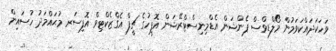
ވަހަކަދައްކަވަމުން މޯލްޑިވްސް ޕެންޝަން އެޑްމިނިސްޓްރޭޝަން އޮފީހުގެ ޗީފް އެގްޒެކްޓިވް އޮފިސަރ މުޙައްމަދު ހުސައިން